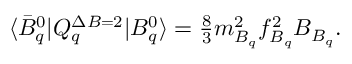
\langle \bar { B } _ { q } ^ { 0 } | Q _ { q } ^ { \Delta B = 2 } | B _ { q } ^ { 0 } \rangle = { \textstyle \frac { 8 } { 3 } } m _ { B _ { q } } ^ { 2 } f _ { B _ { q } } ^ { 2 } B _ { B _ { q } } .